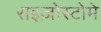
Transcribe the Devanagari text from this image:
राइज़ोस्टोमे